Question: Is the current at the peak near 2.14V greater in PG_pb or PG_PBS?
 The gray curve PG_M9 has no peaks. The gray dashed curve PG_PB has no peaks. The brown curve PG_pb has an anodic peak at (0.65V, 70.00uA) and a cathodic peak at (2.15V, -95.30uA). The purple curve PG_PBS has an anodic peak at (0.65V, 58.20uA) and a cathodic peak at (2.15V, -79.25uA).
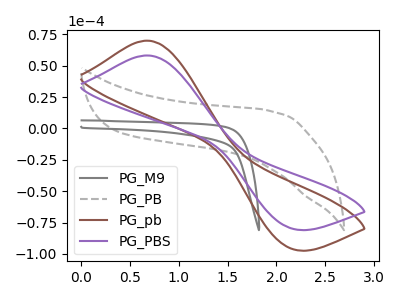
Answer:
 <answer>The peak at 2.14V is higher in "PG_pb" than in "PG_PBS".</answer>
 <eval>higher</eval>